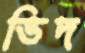
ভিদ